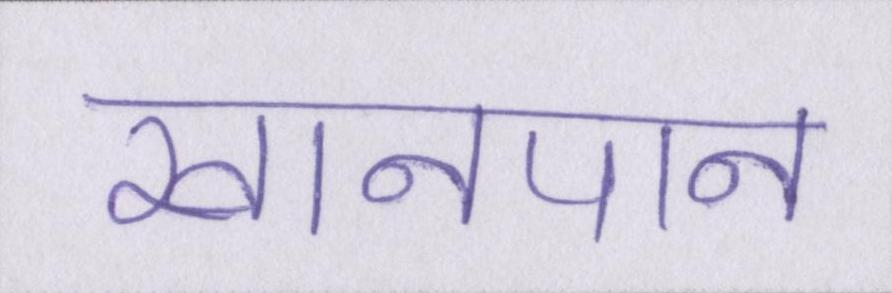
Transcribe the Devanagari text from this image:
खानपान